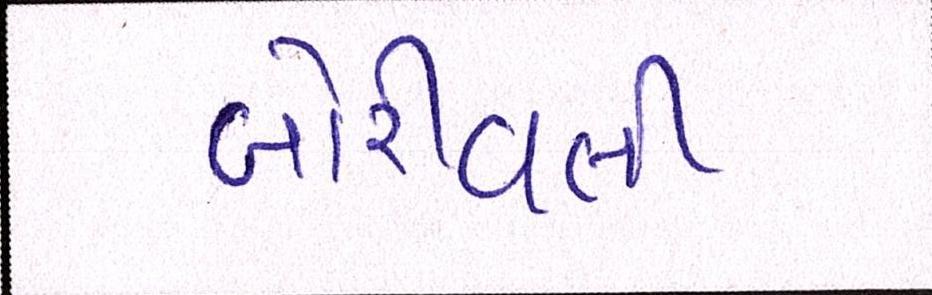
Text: બોરીવલી